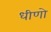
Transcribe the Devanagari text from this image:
धीणो